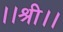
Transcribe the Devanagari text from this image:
।।श्री।।